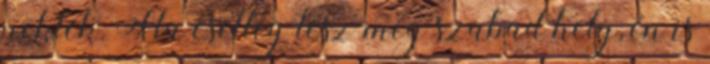
nektek. Ha esetleg lesz még szabad hely, én is